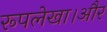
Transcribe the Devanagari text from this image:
रूपलेखा।और